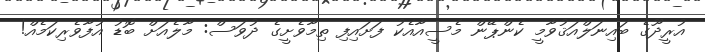
އުރީދޫގެ ބައިނަލްއަޤުވާމީ ކެންޕޭން މެސީއާއެކު ފަށައިފި ތިމާވެށީގެ ދުވަސް: މާލެއަށް ބޮޑު އުފާވެރިކަމެއް!